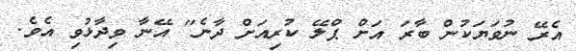
އެރޭ ނުވަޔަކުން ބާރަ އަށް ޕްލޭ ކުރިއަށް ދާނެ" އޭނާ ވިދާޅުވި އެވެ.